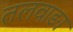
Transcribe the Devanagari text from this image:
तलवाङा